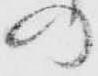
の